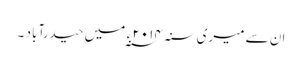
ان سے میری سنہ ۲۰۱۴ ء ؁ میں حیدرآباد ۔